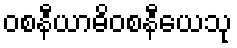
ဝစနီယာဓိဝစနီယေသု